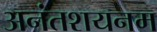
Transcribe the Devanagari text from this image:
अनंतशयनम